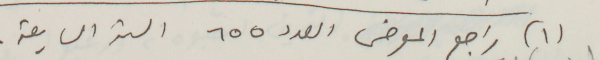
(١) راجع المعرض العدد ٦٥٥ السنة السابعة.